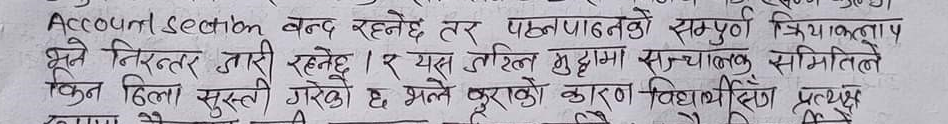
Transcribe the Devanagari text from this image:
Account section बन्द रहनेछ तर पठनपाठनको सम्पूर्ण क्रियाकलाप
भने निरन्तर जारी रहनेछ । र यस जटिल मुद्दामा सञ्चालक समितिले
किन ढिला सुस्ती गरेको छ भन्ने कुराको कारण विद्यार्थीले प्रत्यक्ष